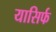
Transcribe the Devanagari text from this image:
यासिर्फ